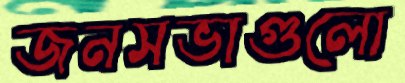
জনসভাগুলো